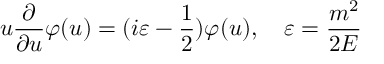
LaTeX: u \frac { \partial } { \partial u } \varphi ( u ) = ( i \varepsilon - \frac { 1 } { 2 } ) \varphi ( u ) , \quad \varepsilon = \frac { m ^ { 2 } } { 2 E }